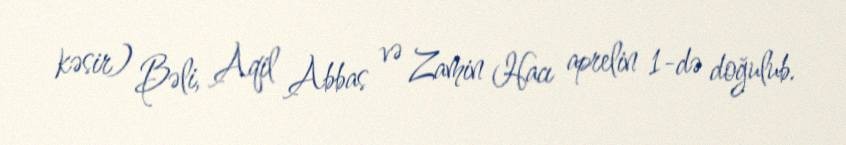
kəsir) Bəli, Aqil Abbas və Zamin Hacı aprelin 1-də doğulub.